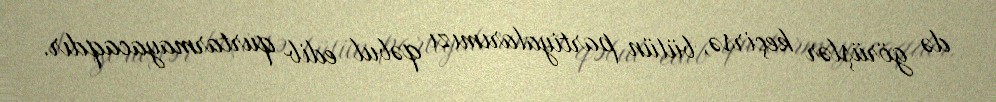
də görüşlər keçirsə, bütün partiyalarımızı qəbul edib qurtarmayacaqdır.